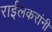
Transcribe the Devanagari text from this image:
राईलकरांनी